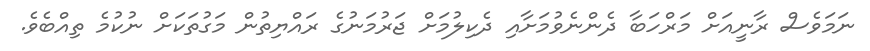
ނަމަވެސް ރާނީއަށް މަރްހަބާ ދެންނެވުމަށާއި ދެކިލުމަށް ޖަރުމަނުގެ ރައްޔިތުން މަގުތަކަށް ނުކުމެ ތިއްބެވެ.